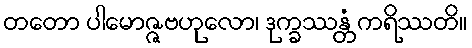
တတော ပါမောဇ္ဇဗဟုလော၊ ဒုက္ခဿန္တံ ကရိဿတိ။